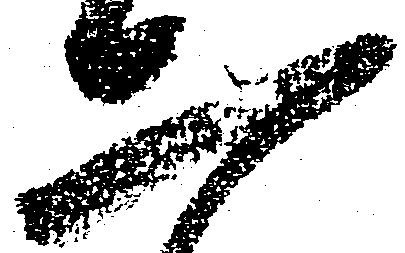
二